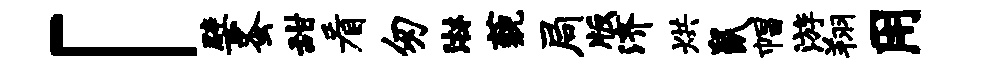
「檗蚤甜看匆淋藐局版济烘鼠帽游翔用